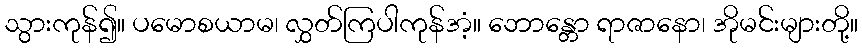
သွားကုန်၍။ ပမောစယာမ၊ လွှတ်ကြပါကုန်အံ့။ ဘောန္တော ရာဇာနော၊ အိုမင်းများတို့။